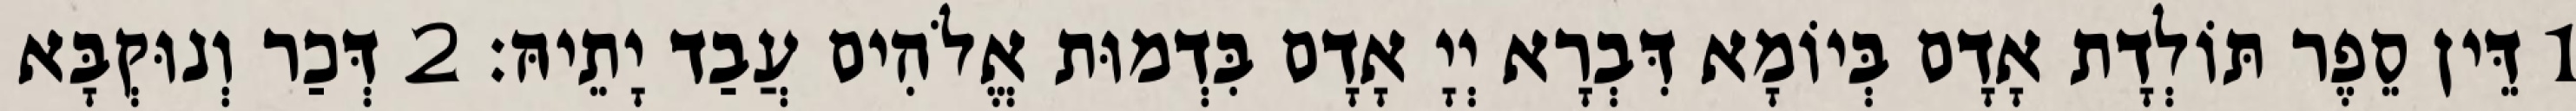
1 דֵּין סֵפֶר תּוֹלְדָת אָדָם בְּיוֹמָא דִּבְרָא יְיָ אָדָם בִּדְמוּת אֱלֹהִים עֲבַד יָתֵיהּ׃ 2 דְּכַר וְנוּקְבָּא